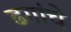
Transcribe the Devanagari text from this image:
ढगांचे